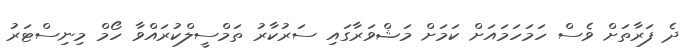
ދެ ފަރާތަށް ވެސް ހަމަހަމައަށް ކަމަށް މަޝްވަރާގައި ސަރުކާރު ތަމްސީލްކުރައްވާ ހޯމް މިނިސްޓަރު